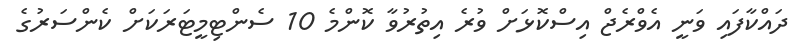
ދައްކާފައި ވަނީ އެވްރެޖް އިސްކޮޅަށް ވުރެ އިތުރުވާ ކޮންމެ 10 ސެންޓިމީޓަރަކަށް ކެންސަރުގެ